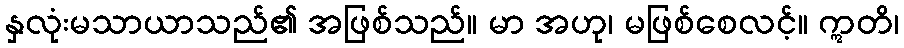
နှလုံးမသာယာသည်၏ အဖြစ်သည်။ မာ အဟု၊ မဖြစ်စေလင့်။ ဣတိ၊